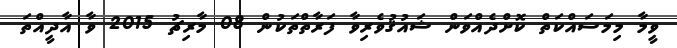
ވީމާ މިމަސައްކަތް ކޮށްދެއްވަން ޝައުޤުވެރިވާ ފަރާތްތަކުން 08 މާރިޗު 2015 ވާ އާދީއްތަ